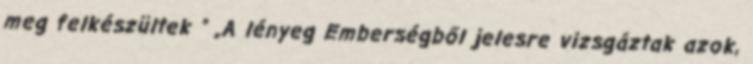
meg felkészültek ” „A lényeg Emberségből jelesre vizsgáztak azok,